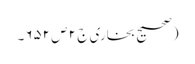
(صحیح بخاری ج ٢ ص ٦٥٢۔